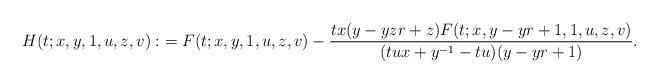
LaTeX: \begin{align*}H(t;x,y,1,u,z,v):&=F(t;x,y,1,u,z,v)-\frac{tx(y-yzr+z)F(t;x,y-yr+1,1,u,z,v)}{(tux+y^{-1}-tu)(y-yr+1)}.\end{align*}